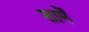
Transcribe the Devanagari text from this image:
शामें